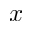
x